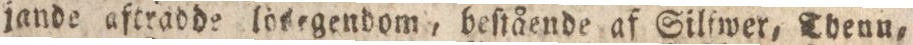
jande aftadde lösegendom, beſtående af Silſwer, Thenn,